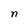
Character: n